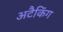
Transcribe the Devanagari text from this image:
अटैकिंग